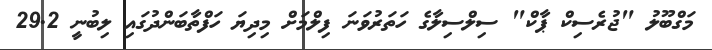
މަގްބޫލު "ޖުރެސިކް ޕާކް" ސިލްސިލާގެ ހަތަރުވަނަ ފިލްމަށް މިދިޔަ ހަފްތާބަންދުގައި ލިބުނީ 29.2